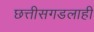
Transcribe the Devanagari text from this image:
छत्तीसगडलाही